Leaving Certificate Examination (including Day School Certificate (Higher) General paper), 1936
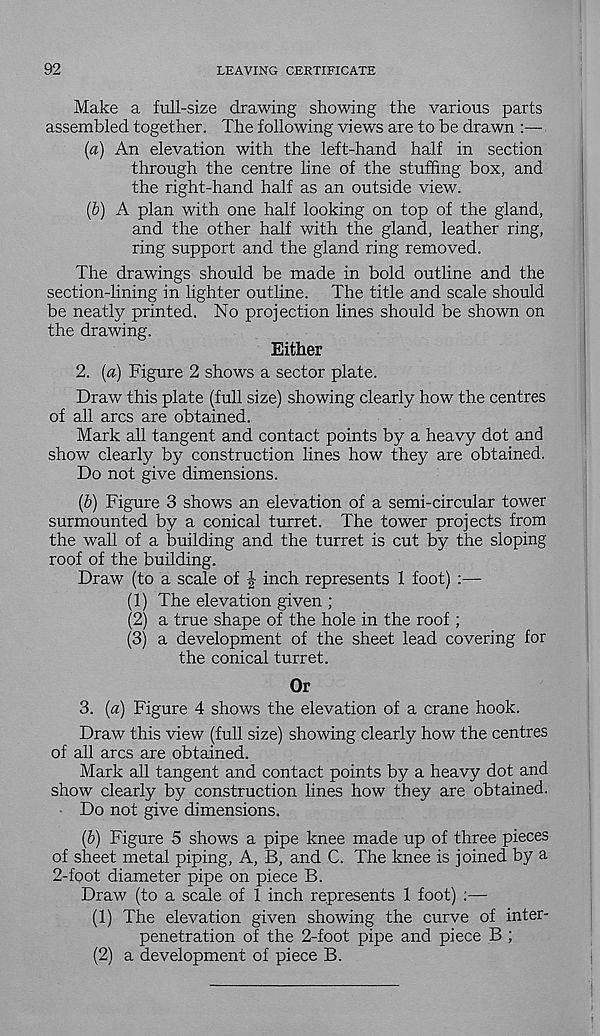
92
LEAVING CERTIFICATE
Make a full-size drawing showing the various parts
assembled together. The following views are to be drawn :—
(a) An elevation with the left-hand half in section
through the centre line of the stuffing box, and
the right-hand half as an outside view.
(6) A plan with one half looking on top of the gland,
and the other half with the gland, leather ring,
ring support and the gland ring removed.
The drawings should be made in bold outline and the
section-lining in lighter outline. The title and scale should
be neatly printed. No projection lines should be shown on
the drawing.
Either
2. (a) Figure 2 shows a sector plate.
Draw this plate (full size) showing clearly how the centres
of all arcs are obtained.
Mark all tangent and contact points by a heavy dot and
show clearly by construction lines how they are obtained.
Do not give dimensions.
(b) Figure 3 shows an elevation of a semi-circular tower
surmounted by a conical turret. The tower projects from
the wall of a building and the turret is cut by the sloping
roof of the building.
Draw (to a scale of | inch represents 1 foot) :—
(1) The elevation given ;
(2) a true shape of the hole in the roof ;
(3) a development of the sheet lead covering for
the conical turret.
Or
3. (a) Figure 4 shows the elevation of a crane hook.
Draw this view (full size) showing clearly how the centres
of all arcs are obtained.
Mark all tangent and contact points by a heavy dot and
show clearly by construction lines how they are obtained.
Do not give dimensions.
(b) Figure 5 shows a pipe knee made up of three pieces
of sheet metal piping, A, B, and C. The knee is joined by a
2-foot diameter pipe on piece B.
Draw (to a scale of 1 inch represents 1 foot) :—
(1) The elevation given showing the curve of inter-
penetration of the 2-foot pipe and piece B ;
(2) a development of piece B.